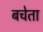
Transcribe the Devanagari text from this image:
बचेता